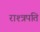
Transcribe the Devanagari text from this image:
राश्त्रपति